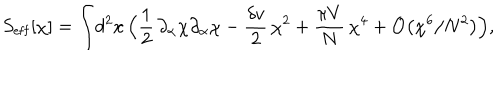
S _ { \mathrm { e f f } } [ \chi ] = \int \! d ^ { 2 } x \, \Bigl ( { \frac { 1 } { 2 } } \, \partial _ { \alpha } \chi \partial _ { \alpha } \chi - { \frac { \delta v } { 2 } } \, \chi ^ { 2 } + { \frac { \pi V } { N } } \, \chi ^ { 4 } + { \cal O } \bigl ( \chi ^ { 6 } / N ^ { 2 } \bigr ) \Bigr ) ,